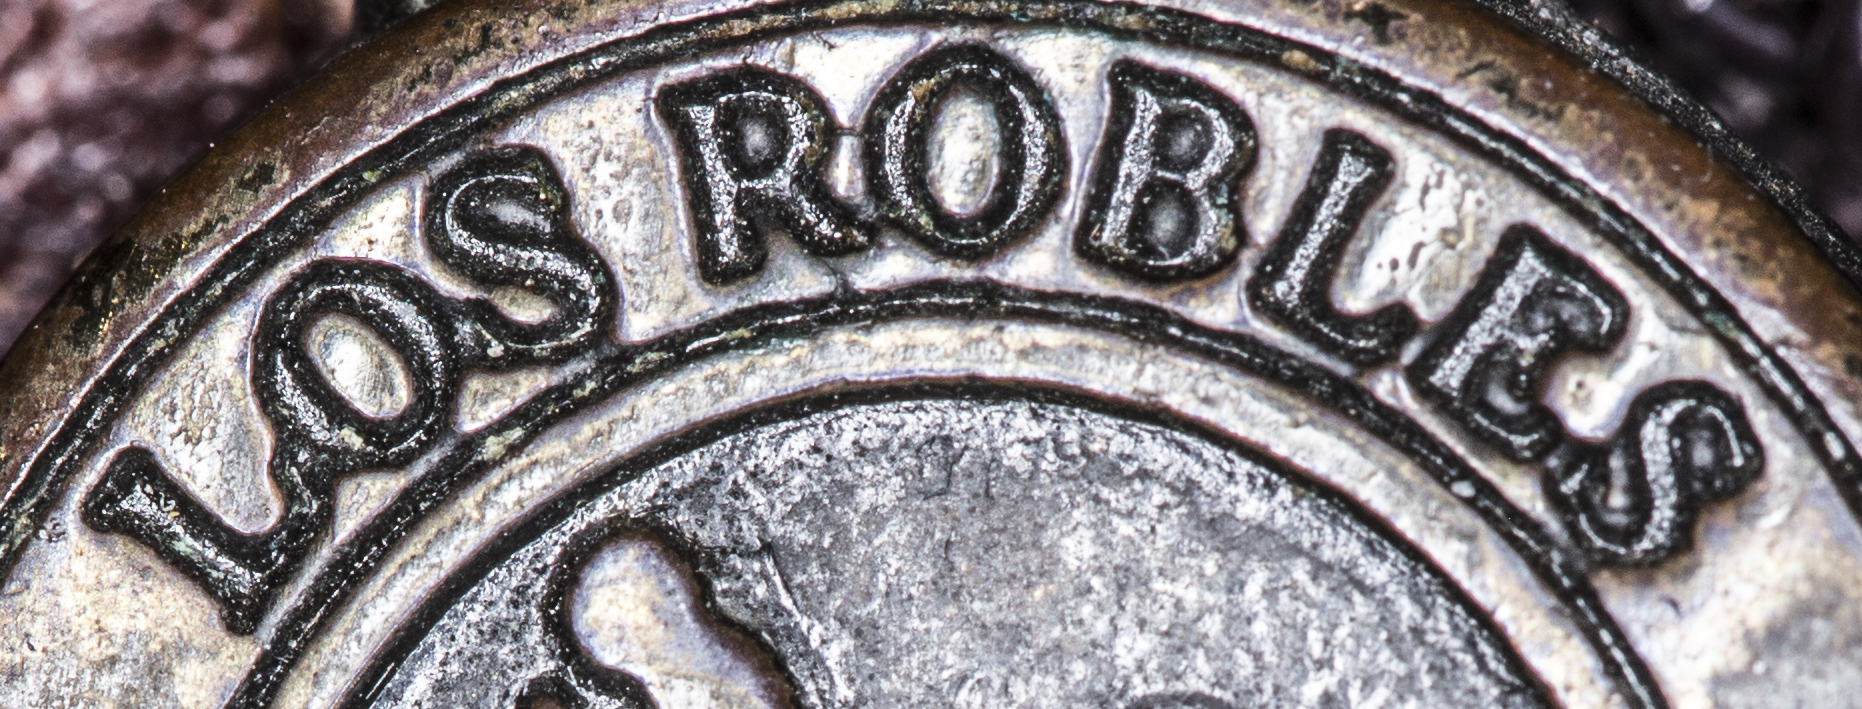
LOS ROBLES